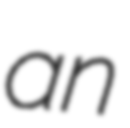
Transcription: an